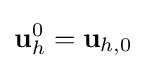
\mathbf {u} _{h}^{0}=\mathbf {u} _{h,0}